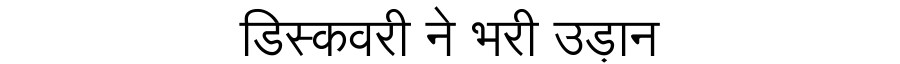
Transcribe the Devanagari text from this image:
डिस्कवरी ने भरी उड़ान